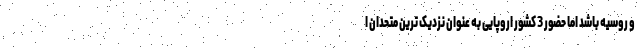
و روسیه باشد اما حضور 3 کشور اروپایی به عنوان نزدیک ترین متحدان ا